Scottish Certificate of Education, 1962
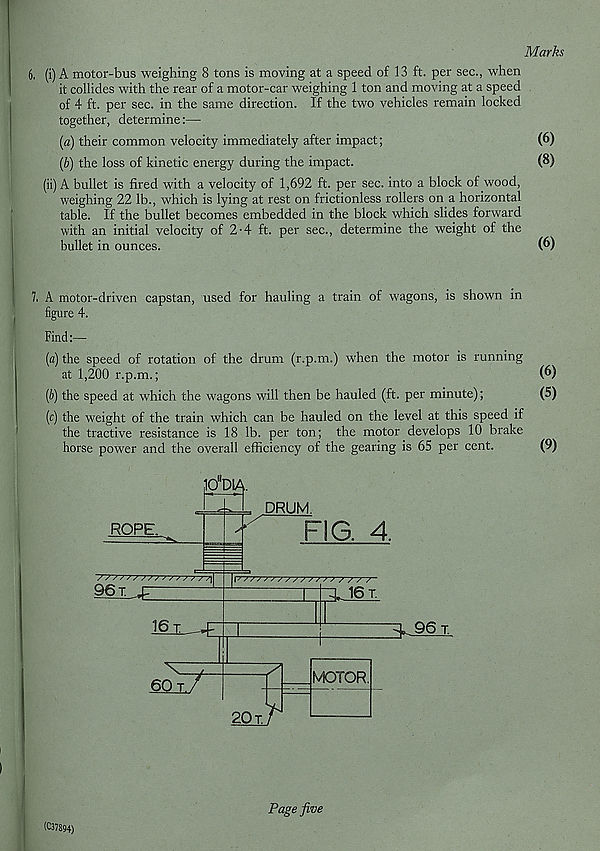
Marks
6, (i) A motor-bus weighing 8 tons is moving at a speed of 13 ft. per sec., when
it collides with the rear of a motor-car weighing 1 ton and moving at a speed
of 4 ft. per sec. in the same direction. If the two vehicles remain locked
together, determine:—
[a) their common velocity immediately after impact;
(6)
(b) the loss of kinetic energy during the impact.
(8)
(ii) A bullet is fired with a velocity of 1,692 ft. per sec. into a block of wood,
weighing 22 lb., which is lying at rest on frictionless rollers on a horizontal
table. If the bullet becomes embedded in the block which slides forward
with an initial velocity of 2-4 ft. per sec., determine the weight of the
bullet in ounces.
(6)
7. A motor-driven capstan, used for hauling a train of wagons, is shown in
figure 4.
Find:—
(a) the speed of rotation of the drum (r.p.m.) when the motor is running
at 1,200 r.p.m.;
(6)
(b) the speed at which the wagons will then be hauled (ft. per minute);
(5)
(c) the weight of the train which can be hauled on the level at this speed if
the tractive resistance is 18 lb. per ton; the motor develops 10 brake
horse power and the overall efficiency of the gearing is 65 per cent.
(9)
10 D1A.
ROPE.
96 t. jr—
L
16 t ^
60^/'
DRUM.
FIG. 4.
rr~^J6 t.
3- 96 T.
2QT.r
MOTOR
(C37894)
Page five